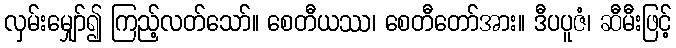
လှမ်းမျှော်၍ ကြည့်လတ်သော်။ စေတီယဿ၊ စေတီတော်အား။ ဒီပပူဇံ၊ ဆီမီးဖြင့်